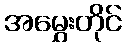
အမွှေးတိုင်